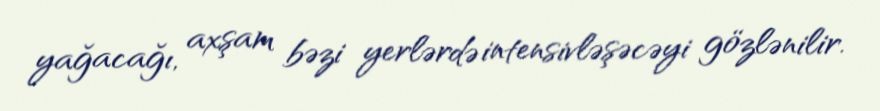
yağacağı, axşam bəzi yerlərdə intensivləşəcəyi gözlənilir.